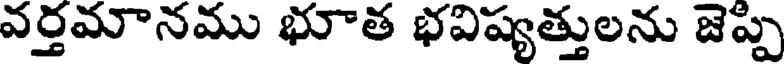
వర్తమానము భూత భవిష్యత్తులను జెప్పి